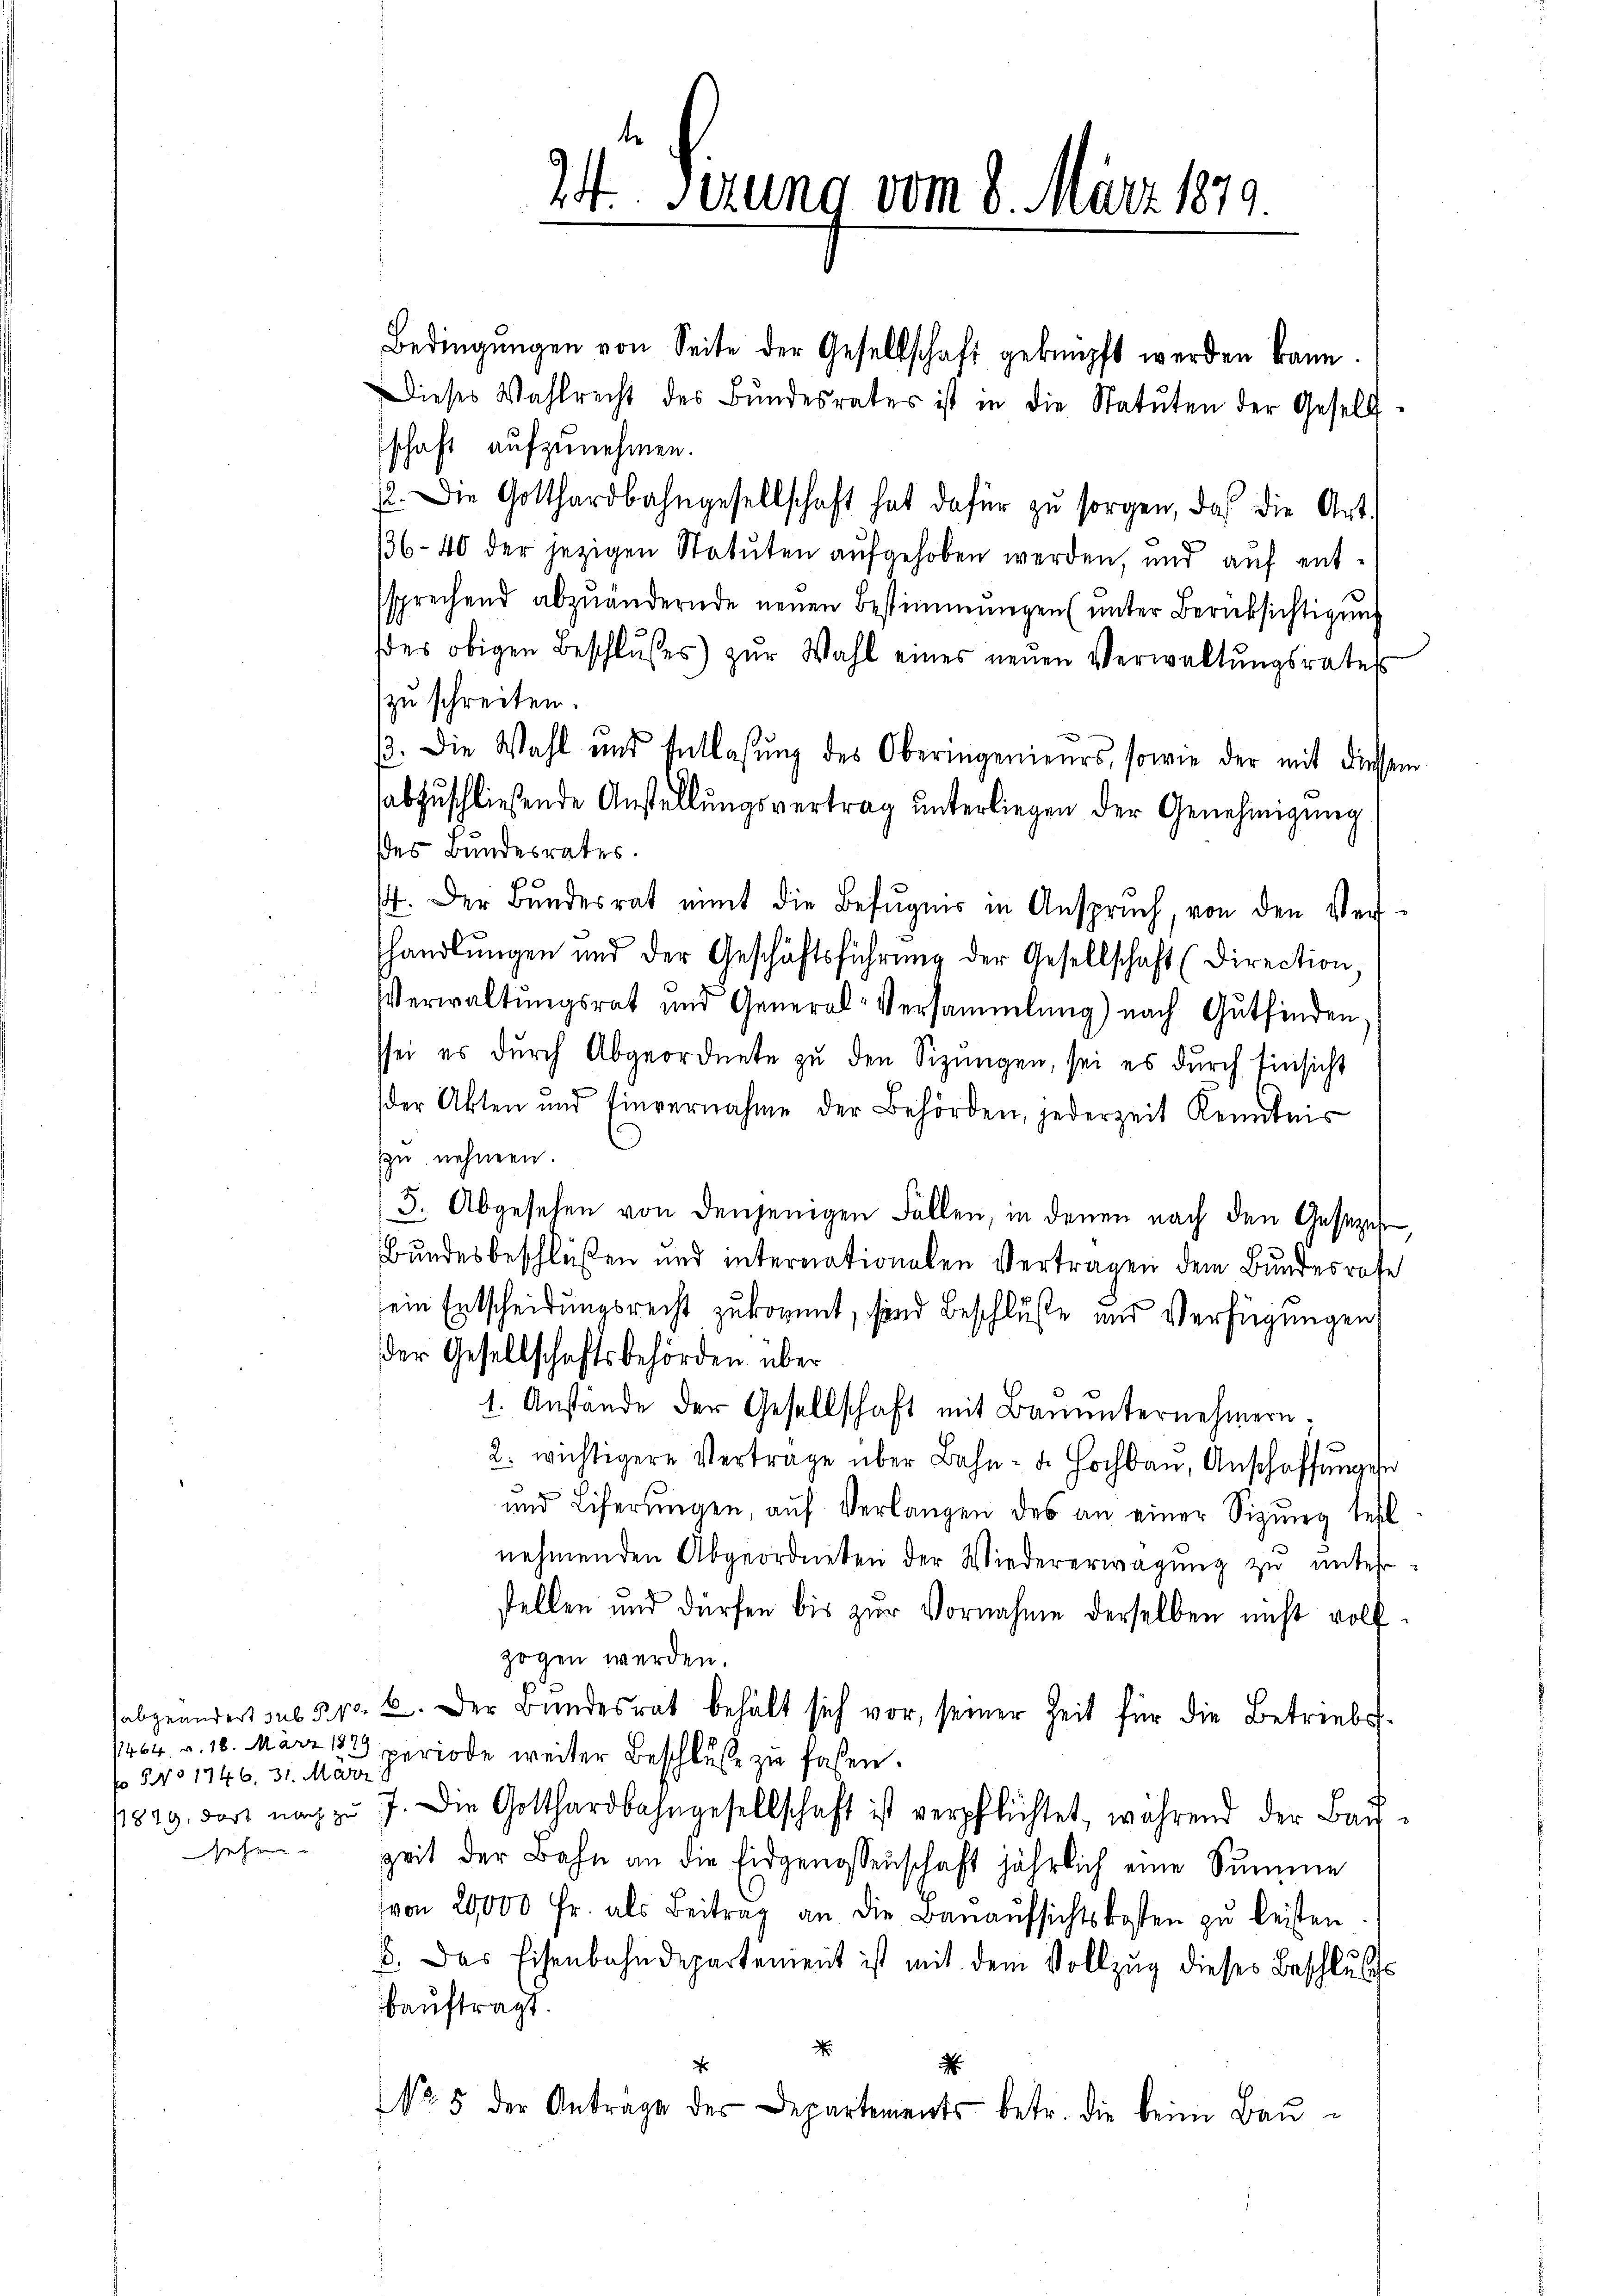
fo NNNo 1746, 31. März

24. Setzung vom 8. März 1879.

schaft aufzunehmen.
22. Die Gotthardbahngesellschaft hat dafür zŭ sorgen, da die Art.
36-40 der jezigen Statuten aufgehoben werden, und auf entssprechend abzuändernde neuen Bestimmungen (unter Berücksichtigung
des obigen Beschlŭsses zŭr Wahl eines neŭen Verwaltŭngsrates
zu schreiten.
ß. Die Wahl und Entlassŭng des Oberingenieŭrs, sowie der mit diessem
abzuschließende Anstellŭngsvertrag ŭnterliegen der Genehmigŭng
des Bundesrates.
44. Der Bundesrat nimt die Befugnis in Anspruch, von den Vershandlŭngen und der Geschäftsführŭng der Gesellschaft (Direction,
Verwaltungsrat und General-Versammlung) nach Gutfinden,
ssei es dŭrch Abgeordnete zŭ den Sizŭngen, sei es durch Einsicht
der Akten und Einvernahme der Behörden, jederzeit Kenntnis
Zu nehmen.
3. Abgesehen von denjenigen Fallen, in denen nach den Gesezes
Bundesbeschlüßen und internationalen Vertragen dem Bundesrate
sein Entscheidungsrecht zukommt, sind Beschlüße und Verfügungen
der Gesellschaftsbehörden über
1. Anstände der Gesellschaft mit Bauunternehmern.
2. wichtigere Verträge über Bahn- u. Hochbau, Anschaffungen
und Liferungen, auf Verlangen des an einer Sizung teil
nehmenden Abgeordneten der Wiedererwägŭng zŭ ŭnter-
stellen und dürfen bis zur Vornahme derselben nicht volfzogen werden.
abgeändert sub 31. 2. Der Bundesrat behält sich vor, seiner Zeit für die Betriebs-
1404. v. 10. März 183 periode weiter Beschluße zu faßen.
1829. der nach zŭ 7. Die Gotthardbahngesellschaft ist verpflichtet, während der Baŭ-
sehen Zeit der Bahn an die Eidgenossenschaft jährlich eine Summe
von 20000 Fr. als Beitrag an die Baŭaŭfsichtskosten zŭ leisten
b. Das Eisenbahndepartenient ist mit dem Vollzug dieses Beschluss
bauftragt.
.
d
NNo. 5 der Anträge des Departements betr. die beim Bau¬

Bedingŭngen von Seite der Gesellschaft geknüpft werden kann.
Dieses Wahlrecht des Bŭndesrates ist in die Statŭten der Gesell-